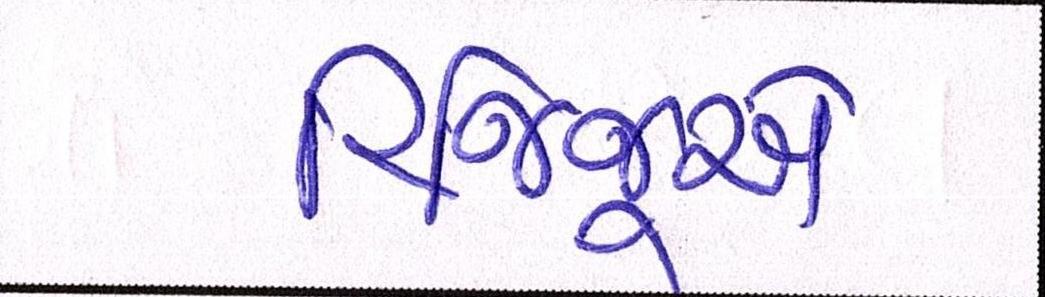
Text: રિજિજૂએ